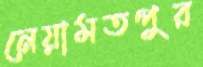
নেয়ামতপুর